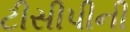
ટીસીપીની